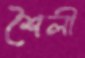
শৈলী